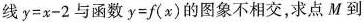
线$$y=x-2$$与函数$$y=f(x)$$的图象不相交，求点M到